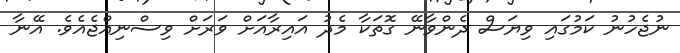
ނުޖެހުނު ކަމުގައި ވިޔަސް ދެންވާނޭ ގޮތަކާ މެދު އައިރާއަށް ވަރަށް ވިސްނިއްޖެއެވެ. އޭނާ